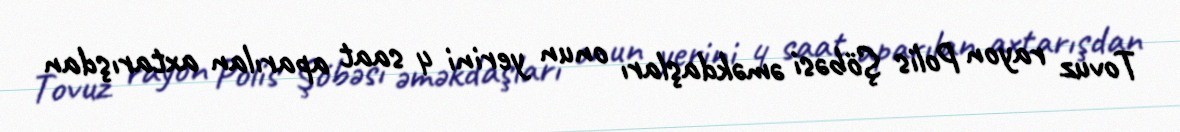
Tovuz rayon Polis Şöbəsi əməkdaşları onun yerini 4 saat aparılan axtarışdan